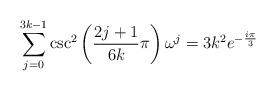
LaTeX: \begin{align*}\sum_{j=0}^{3k-1}\csc^2\left(\frac{2j+1}{6k}\pi\right)\omega^j=3k^2 e^{-\frac{i\pi}{3}}\end{align*}